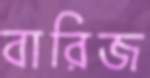
বারিজ